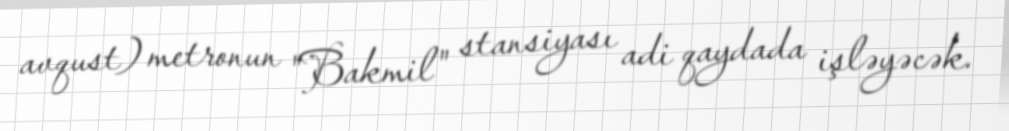
avqust) metronun "Bakmil" stansiyası adi qaydada işləyəcək.